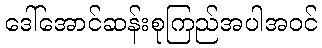
ဒေါ်အောင်ဆန်းစုကြည်အပါအဝင်